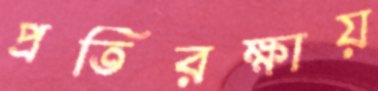
প্রতিরক্ষায়